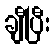
ချီပြီး